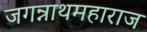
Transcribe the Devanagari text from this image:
जगन्नाथमहाराज